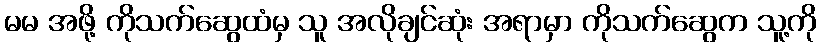
မမ အဖို့ ကိုသက်ဆွေထံမှ သူ အလိုချင်ဆုံး အရာမှာ ကိုသက်ဆွေက သူ့ကို